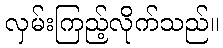
လှမ်းကြည့်လိုက်သည်။